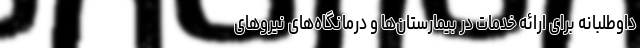
داوطلبانه برای ارائه خدمات در بیمارستان‌ها و درمانگاه‌های نیروهای